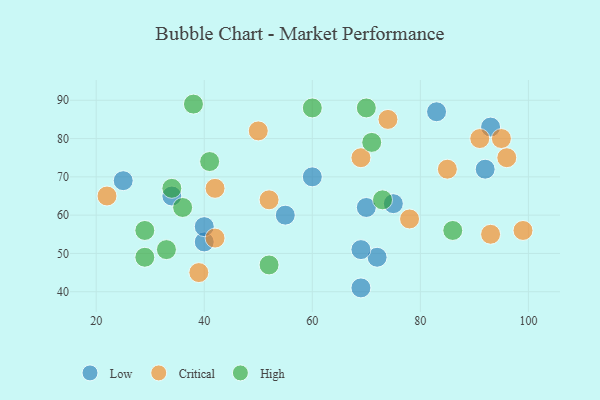
{"axis": {"x": "GDP", "y": "Life Expectancy"}, "legend": ["Critical", "High", "Low"], "data": [{"x": "34", "y": 65, "type": "Low"}, {"x": "40", "y": 53, "type": "Low"}, {"x": "92", "y": 72, "type": "Low"}, {"x": "55", "y": 60, "type": "Low"}, {"x": "25", "y": 69, "type": "Low"}, {"x": "72", "y": 49, "type": "Low"}, {"x": "83", "y": 87, "type": "Low"}, {"x": "40", "y": 57, "type": "Low"}, {"x": "69", "y": 41, "type": "Low"}, {"x": "75", "y": 63, "type": "Low"}, {"x": "69", "y": 51, "type": "Low"}, {"x": "70", "y": 62, "type": "Low"}, {"x": "60", "y": 70, "type": "Low"}, {"x": "93", "y": 83, "type": "Low"}, {"x": "39", "y": 45, "type": "Critical"}, {"x": "95", "y": 80, "type": "Critical"}, {"x": "42", "y": 54, "type": "Critical"}, {"x": "93", "y": 55, "type": "Critical"}, {"x": "52", "y": 64, "type": "Critical"}, {"x": "91", "y": 80, "type": "Critical"}, {"x": "96", "y": 75, "type": "Critical"}, {"x": "22", "y": 65, "type": "Critical"}, {"x": "78", "y": 59, "type": "Critical"}, {"x": "42", "y": 67, "type": "Critical"}, {"x": "74", "y": 85, "type": "Critical"}, {"x": "85", "y": 72, "type": "Critical"}, {"x": "69", "y": 75, "type": "Critical"}, {"x": "99", "y": 56, "type": "Critical"}, {"x": "50", "y": 82, "type": "Critical"}, {"x": "71", "y": 79, "type": "High"}, {"x": "86", "y": 56, "type": "High"}, {"x": "60", "y": 88, "type": "High"}, {"x": "73", "y": 64, "type": "High"}, {"x": "29", "y": 56, "type": "High"}, {"x": "38", "y": 89, "type": "High"}, {"x": "34", "y": 67, "type": "High"}, {"x": "70", "y": 88, "type": "High"}, {"x": "36", "y": 62, "type": "High"}, {"x": "29", "y": 49, "type": "High"}, {"x": "52", "y": 47, "type": "High"}, {"x": "33", "y": 51, "type": "High"}, {"x": "41", "y": 74, "type": "High"}]}